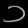
Digit: ၁